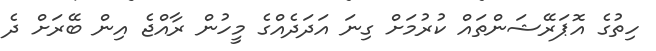
ހިތުގެ އޮޕަރޭޝަންތައް ކުރުމަށް ގިނަ އަދަދެއްގެ މީހުން ރާއްޖެ އިން ބޭރަށް ދެ